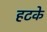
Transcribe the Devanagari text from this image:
हटके